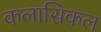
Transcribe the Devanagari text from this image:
कलासिकल